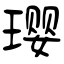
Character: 璎